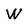
Character: W